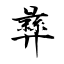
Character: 彝